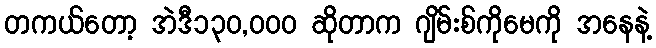
တကယ်တော့ အဲဒီ၁၃၀,၀၀၀ ဆိုတာက ဂျိမ်းစ်ကိုမေကို အနေနဲ့